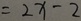
= 2 x - 2